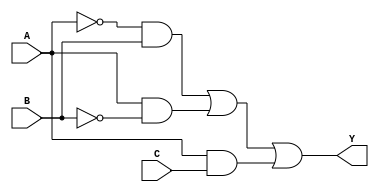
module sop_simplification (
    input wire A,  // Input A
    input wire B,  // Input B
    input wire C,  // Input C
    output wire Y  // Output Y
);

    // Intermediate signals for the product terms
    wire A_not;
    wire B_not;
    wire A_and_B_not;
    wire A_not_and_B;
    wire A_and_C;

    // Not gates for input negation
    not (A_not, A);
    not (B_not, B);

    // AND gates for product terms
    and (A_and_B_not, A_not, B);   // A'B
    and (A_not_and_B, A, B_not);   // AB'
    and (A_and_C, A, C);           // AC

    // OR gate for final output
    or (Y, A_and_B_not, A_not_and_B, A_and_C);

endmodule